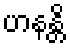
ဟနန္တိ